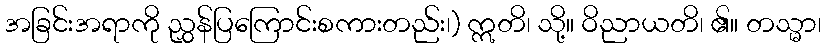
အခြင်းအရာကို ညွှန်ပြကြောင်းစကားတည်း၊) ဣတိ၊ သို့။ ဝိညာယတိ၊ ၏။ တသ္မာ၊